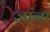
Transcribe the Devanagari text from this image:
जांना